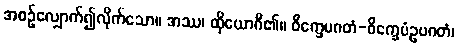
အစဉ်လျှောက်၍လိုက်သော။ အဿ၊ ထိုယောဂီ၏။ ဝိက္ခေပဂတံ-ဝိက္ခေပံဥပဂတံ၊